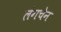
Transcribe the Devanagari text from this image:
लंगचेन